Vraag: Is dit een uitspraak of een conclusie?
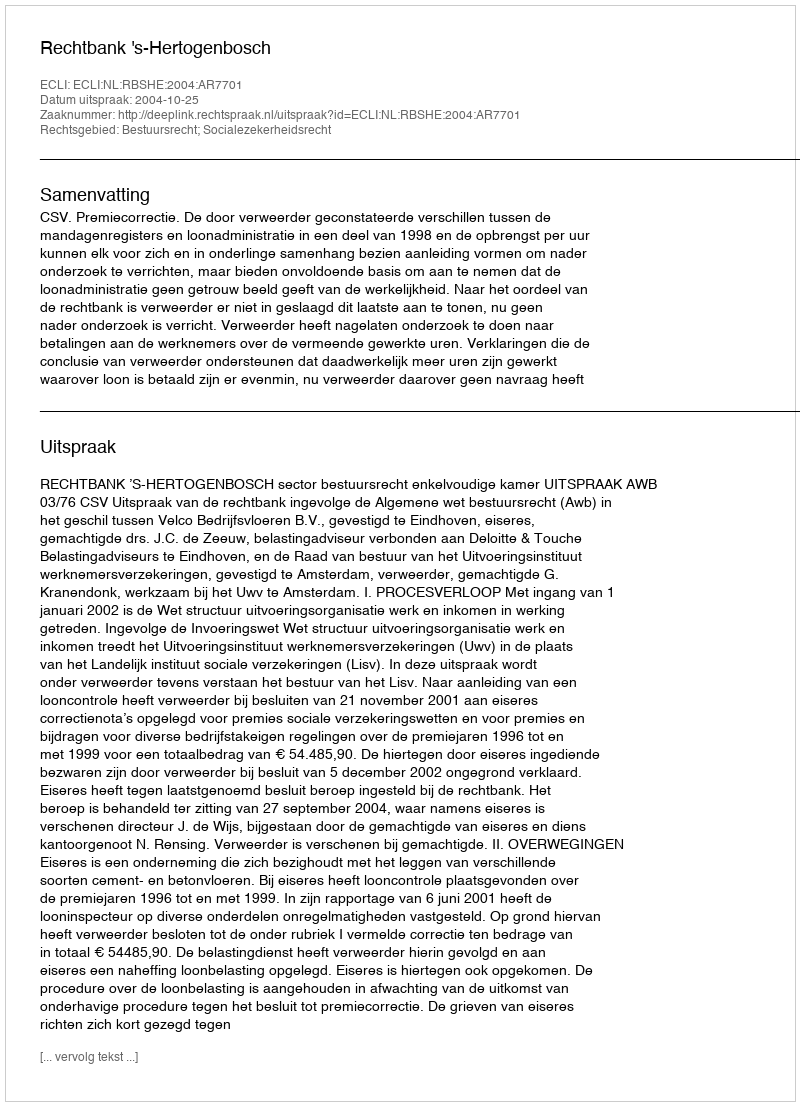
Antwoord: Uitspraak